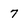
Character: 7